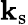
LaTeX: \mathbf{k}_{\mathrm{{s}}}